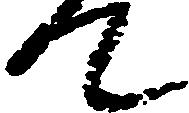
て